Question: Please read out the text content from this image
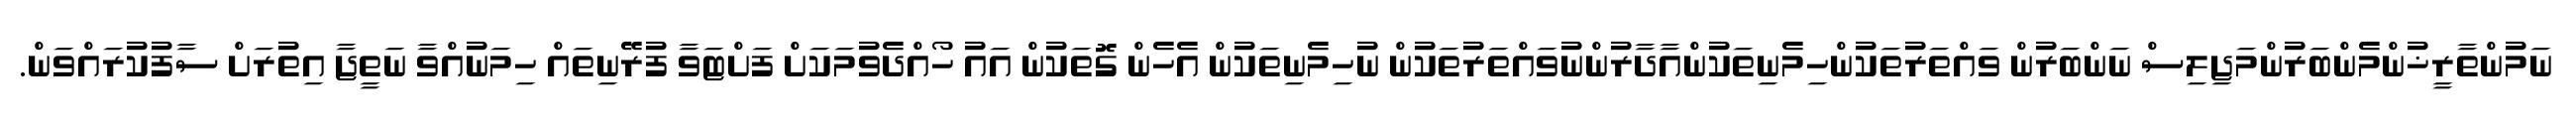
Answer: ނަމުންތާރީޚުންމެންބަރުންމަޖިލިސް ނަންބަރުން ވައްތަރުތަކުންހިމެނިތަކުންއާދާރުންނުވައްތަރުތަކުން ނުހިމެނިތަކުން އެހެން ގޮތަކުން އައު ހޯއްދެވުމަކަށް ފަށްޓަވާ ފުރޭނިތައް ހިމަނުއްވާ ނަތީޖާ އިތުރަށް ސާފުކުރައްވަން.